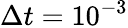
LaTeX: \Delta{t}=10^{-3}